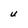
Character: u